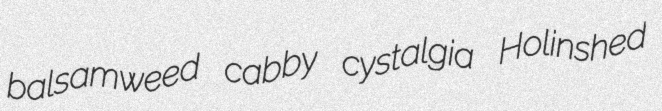
balsamweed cabby cystalgia Holinshed